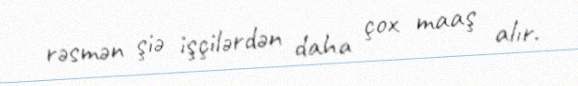
rəsmən şiə işçilərdən daha çox maaş alır.